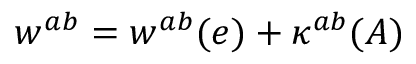
w ^ { a b } = w ^ { a b } ( e ) + \kappa ^ { a b } ( A )